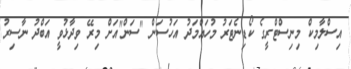
އިސްލާމިކް މިނިސްޓްރީގެ ކޯޑިނެޓަރު މުހައްމަދު އަހުސަން "ސަން"އަށް މިރޭ ވިދާޅުވީ އަބްދު ނާސިރު